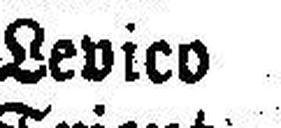
Levico